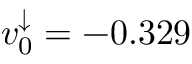
v _ { 0 } ^ { \downarrow } = - 0 . 3 2 9